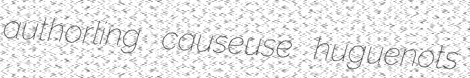
authorling causeuse huguenots